[Report on the health of British troops in the Madras command]
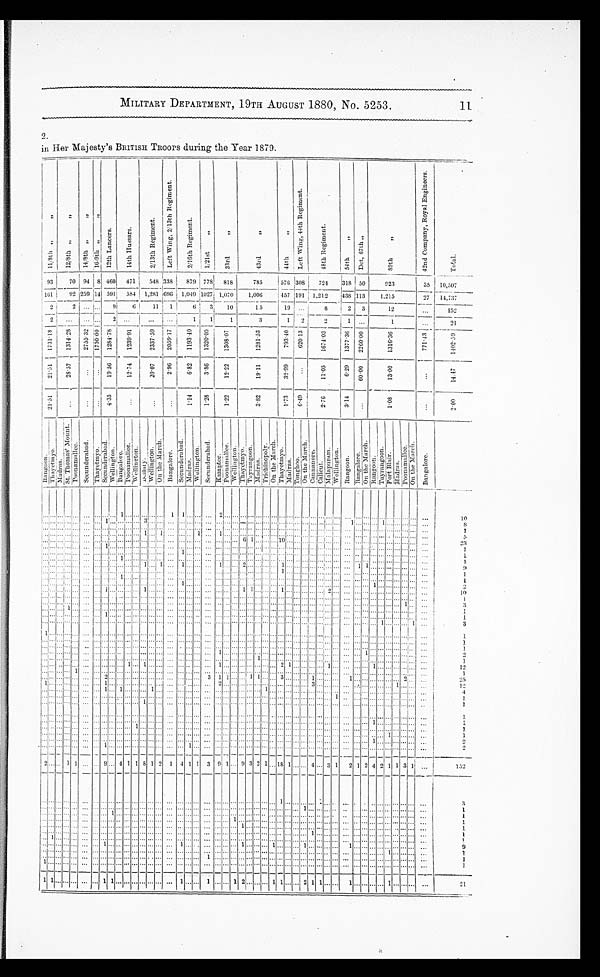
2
1
1
1
1
1
1
1
21
1
1
„
152
21
MILITARY DEPARTMENT, 19TH AUGUST 1880, NO. 5253.
in Her Majesty's BRITISH Timers during the Year 1879.
aD
CO
..,
i-
::
g
o.
,
C..'
4
':::. 4
c,
.,-,
to
.4;
0
c,',5
QQ
r,
.9
tz
. .s
o
0
g
g
.14.
444
V:
,3
,
r.
' ..4.?
—.
—.
t
Ci-
)-1
c1.-.•
c.,
Y
-...,
.0
..
0.:
''3
Ci
E
••::
.-9
xl
..0
4,
644.
' .
,cl
0 rJ
0
0
0
eJ
S
93
161
2 1
1
70
92
2
94
259 ,14
O
c•A
8 460
471
548
1,281
,338
i606
I
1
I 879 7781 818
785
576
457
19
1
O
O
1308
1 191
..
..--,
6
CA
0
724
1318
1,212
1438
— •
8
1
2
2
C•J
O
-,
0
150
1113
1
.
m
,---
C,
ct
O
923
35
27
_ •
10,507
14,737
152 2
591
584
-
1,049 1027; 1,070
3.
10
1,006
1
1,215
6
11
ti
1 5
:1
3
12
2 1
ti
74
csl
...
...
O
ca
1
1!
1
O
C:0
O
C,
O
O
O
21 21
O
CI
•-n
CA
rD
r•-
O
C
O
O
O
O
C./
Zt,
ri
ct
ca
Ca
;- %*
O
CO
O
r
O
r
• • • ...... • • •
...
19
S
1
19
S
1
6 1
•..
5
23
5
23
9 9
19
1
1
3
I.
19
1
1
3
I.
1 1
1
...
1
12
1
12
1
1
1
•
.
3
12 12
9
4 1 1 8
2
. 1
1
3 9
9 3 2
18
4
2
1 ..
2 4 2 1 1 3
1
3 3 3
1
... 1
1..
9 9